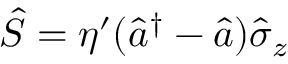
\hat { S } = \eta ^ { \prime } ( \hat { a } ^ { \dagger } - \hat { a } ) \hat { \sigma } _ { z }